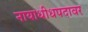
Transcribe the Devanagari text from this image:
नायाधीधपदावर